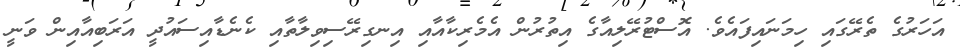
އަހަރުގެ ތެރޭގައި ހިމަނައިފައެވެ. އޮސްޓުރޭލިއާގެ އިތުރުން އެމެރިކާއާއި އިނގިރޭސިވިލާތާއި ކެނެޑާއިސައުދީ އަރަބިއާއިން ވަނީ